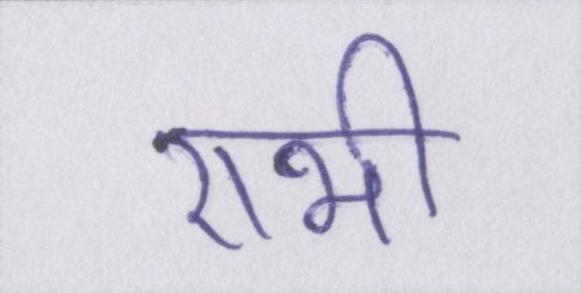
राभी